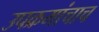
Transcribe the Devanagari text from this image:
उपक्रमांचाच